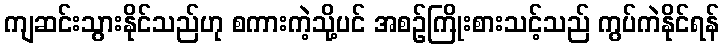
ကျဆင်းသွားနိုင်သည်ဟု စကားကဲ့သို့ပင် အစဉ်ကြိုးစားသင့်သည် ကွပ်ကဲနိုင်ရန်